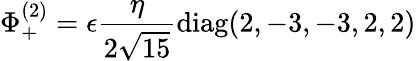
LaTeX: \Phi_{+}^{(2)}=\epsilon{\frac{\eta}{2\sqrt{15}}}\mathrm{diag}(2,-3,-3,2,2)